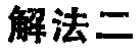
解法二